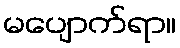
မပျောက်ရာ။